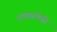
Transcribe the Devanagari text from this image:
शतकांपैकी